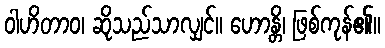
ဝါဟိတာဝ၊ ဆိုသည်သာလျှင်။ ဟောန္တိ၊ ဖြစ်ကုန်၏။